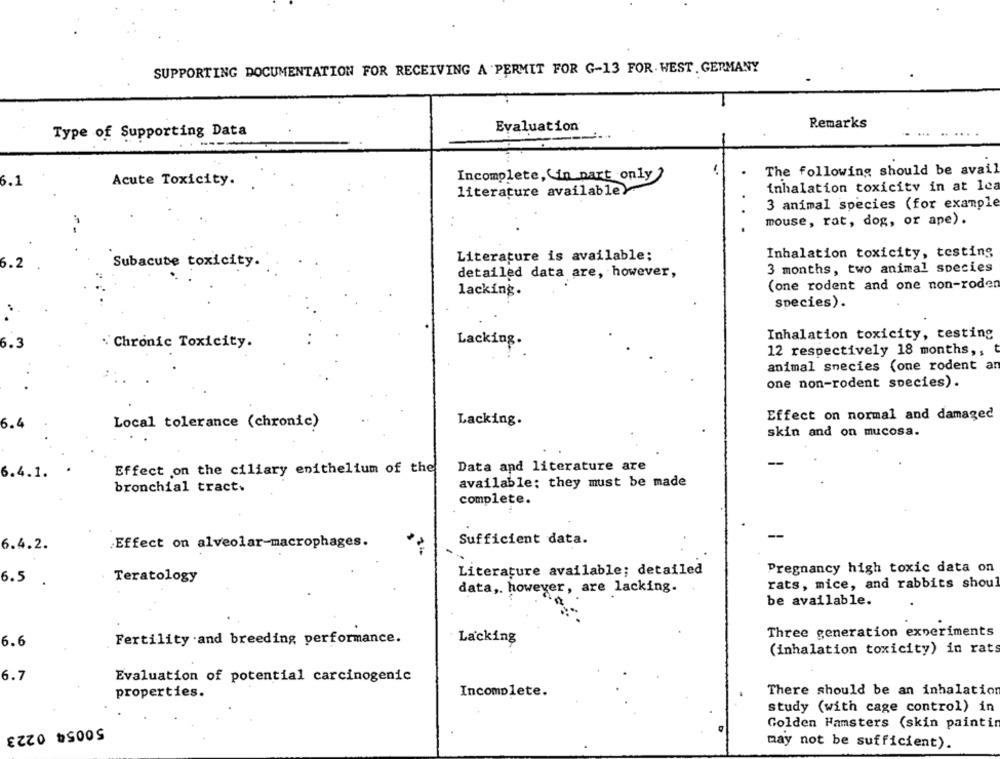
SUPPORTING DOCUMENTATION FOR RECEIVING A PERMIT FOR G-13 FOR. WEST. GERMANY
Evaluation
Remarks
Type of Supporting Data
The following should be avail
6.1
Acute Toxicity.
Incomplete,in part only)
inhalation toxicity in at lea
literature availabley
3 animal species (for example
mouse, rat, dog, or ape).
Literature is available;
Inhalation toxicity, testing
6.2
Subacute toxicity.
detailed data are, however,
3 months, two animal species
(one rodent and one non-roden
lacking.
species).
Inhalation toxicity, testing
6.3
"Chronic Toxicity.
Lacking.
12 respectively 18 months ,,
animal species (one rodent an
one non-rodent species).
Effect on normal and damaged
6.4
Local tolerance (chronie)
Lacking.
skin and on mucosa.
Effect on the ciliary epithelium of the
Data and literature are
6.4.1.
available: they must be made
bronchial tract.
complete.
6.4.2.
Effect on alveolar-macrophages.
Sufficient data.
Pregnancy high toxic data on
Teratology
Literature available; detailed
6.5 .
rats, mice, and rabbits shoul
data ,. however, are lacking.
be available.
Three generation experiments
6.6
Fertility and breeding performance.
Lacking
(inhalation toxicity) in rats
6.7
Evaluation of potential carcinogenic
There should be an inhalation
properties.
Incomplete.
study (with cage control) in
50054 0223
Golden Hamsters (skin paintin
may not be sufficient).